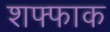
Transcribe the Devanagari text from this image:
शफ्फाक